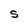
Character: S